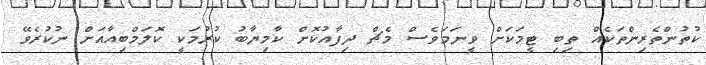
ކުތުންތެރިންތަކެއް ތިބި ޓީމަކަށް ވީނަމަވެސް މެޗް ދިފާއުކޮށް ކާމިޔާބު ކުރުމަކީ ކޮލަމްބިއާއަށް ނުކުރެވޭ